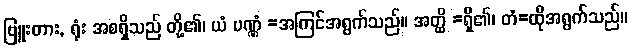
ဗြူးတား, ရုံး အစရှိသည် တို့၏၊ ယံ ပဏ္ဏံ =အကြင်အရွက်သည်။ အတ္ထိ =ရှိ၏၊ တံ=ထိုအရွက်သည်။